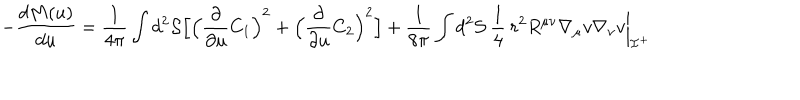
LaTeX: - \frac { d M ( u ) } { d u } = \frac { 1 } { 4 \pi } \int d ^ { 2 } { \cal S } \Bigl [ \Bigl ( \frac { \partial } { \partial u } C _ { 1 } \Bigr ) ^ { 2 } + \Bigl ( \frac { \partial } { \partial u } C _ { 2 } \Bigr ) ^ { 2 } \Bigr ] + \frac { 1 } { 8 \pi } \int d ^ { 2 } { \cal S } \: \frac { 1 } { 4 } \: r ^ { 2 } R ^ { \mu \nu } \nabla _ { \mu } v \nabla _ { \nu } v \biggl | _ { { \cal I } ^ { + } }